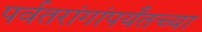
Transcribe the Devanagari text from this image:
पर्वतरांगांपर्यंतच्या